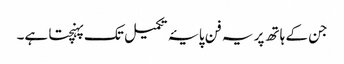
جن کے ہاتھ پر یہ فن پایۂ تکمیل تک پہنچتا ہے۔